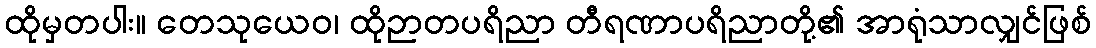
ထိုမှတပါး။ တေသုယေဝ၊ ထိုဉာတပရိညာ တီရဏာပရိညာတို့၏ အာရုံသာလျှင်ဖြစ်